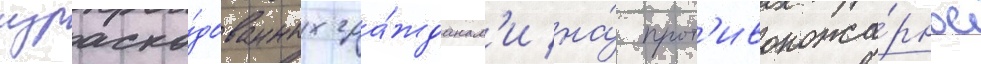
израсхо́дованных гра́жданам'и на́ прот'ивопожа́рное